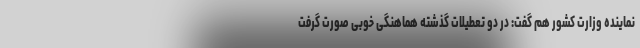
نماینده وزارت کشور هم گفت: در دو تعطیلات گذشته هماهنگی خوبی صورت گرفت